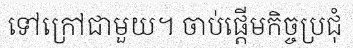
ទៅក្រៅជាមួយ។ ចាប់ផ្តើមកិច្ចប្រជុំ